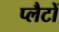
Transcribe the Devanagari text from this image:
प्लैटों